Civil Veterinary Dept. Bombay admin report 1923-31 - 1923-1931
Year: 1923
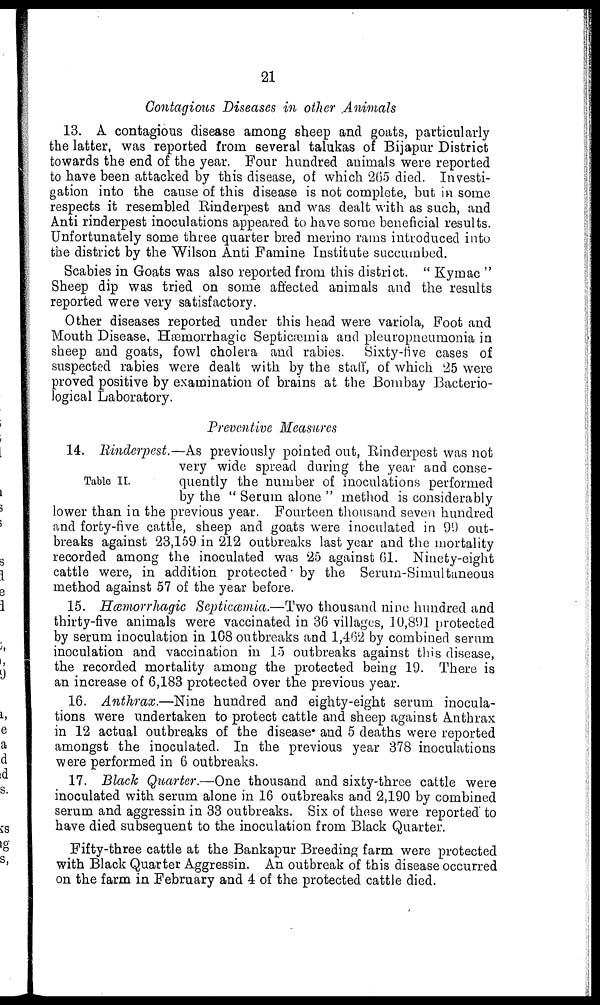
21
Contagious Diseases in other Animals
13. A contagious disease among sheep and goats, particularly
the latter, was reported from several talukas of Bijapur District
towards the end of the year. Four hundred animals were reported
to have been attacked by this disease, of which 265 died. Investi-
gation into the cause of this disease is not complete, but in some
respects it resembled Rinderpest and was dealt with as such, and
Anti rinderpest inoculations appeared to have some beneficial results.
Unfortunately some three quarter bred merino rams introduced into
the district by the Wilson Anti Famine Institute succumbed.
Scabies in Goats was also reported from this district. " Kymac "
Sheep dip was tried on some affected animals and the results
reported were very satisfactory.
Other diseases reported under this head were variola, Foot and
Mouth Disease, Hæmorrhagic Septicæmia and pleuropneumonia in
sheep and goats, fowl cholera and rabies. Sixty-five cases of
suspected rabies were dealt with by the staff, of which 25 were
proved positive by examination of brains at the Bombay Bacterio-
logical Laboratory.
Preventive Measures
Table II.
14. Rinderpest.—As previously pointed out, Rinderpest was not
very wide spread during the year and conse-
quently the number of inoculations performed
by the " Serum alone " method is considerably
lower than in the previous year. Fourteen thousand seven hundred
and forty-five cattle, sheep and goats were inoculated in 99 out-
breaks against 23,159 in 212 outbreaks last year and the mortality
recorded among the inoculated was 25 against 61. Ninety-eight
cattle were, in addition protected by the Serum-Simultaneous
method against 57 of the year before.
15. Hæmorrhagic Septicæmia.—Two thousand nine hundred and
thirty-five animals were vaccinated in 36 villages, 10,891 protected
by serum inoculation in 108 outbreaks and 1,462 by combined serum
inoculation and vaccination in 15 outbreaks against this disease,
the recorded mortality among the protected being 19. There is
an increase of 6,183 protected over the previous year.
16. Anthrax.—Nine hundred and eighty-eight serum inocula-
tions were undertaken to protect cattle and sheep against Anthrax
in 12 actual outbreaks of the disease and 5 deaths were reported
amongst the inoculated. In the previous year 378 inoculations
were performed in 6 outbreaks.
17. Black Quarter.—One thousand and sixty-three cattle were
inoculated with serum alone in 16 outbreaks and 2,190 by combined
serum and aggressin in 33 outbreaks. Six of these were reported to
have died subsequent to the inoculation from Black Quarter.
Fifty-three cattle at the Bankapur Breeding farm were protected
with Black Quarter Aggressin. An outbreak of this disease occurred
on the farm in February and 4 of the protected cattle died.